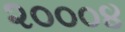
૨૦૦૦૪